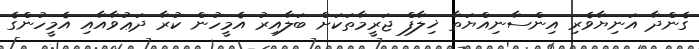
ގެންދާ އަނިޔާވެރި އިންސާނިއްޔަތާ ޚިލާފް ޖަރީމާތަކަށް ބަލާއިރު އެމީހުން ކުރާ ދަޢުވާއާއި އެމީހުންގެ